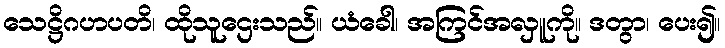
သေဋ္ဌိဂဟပတိ၊ ထိုသူဌေးသည်။ ယံခေါ၊ အကြင်အလှူကို။ ဒတွာ၊ ပေး၍။